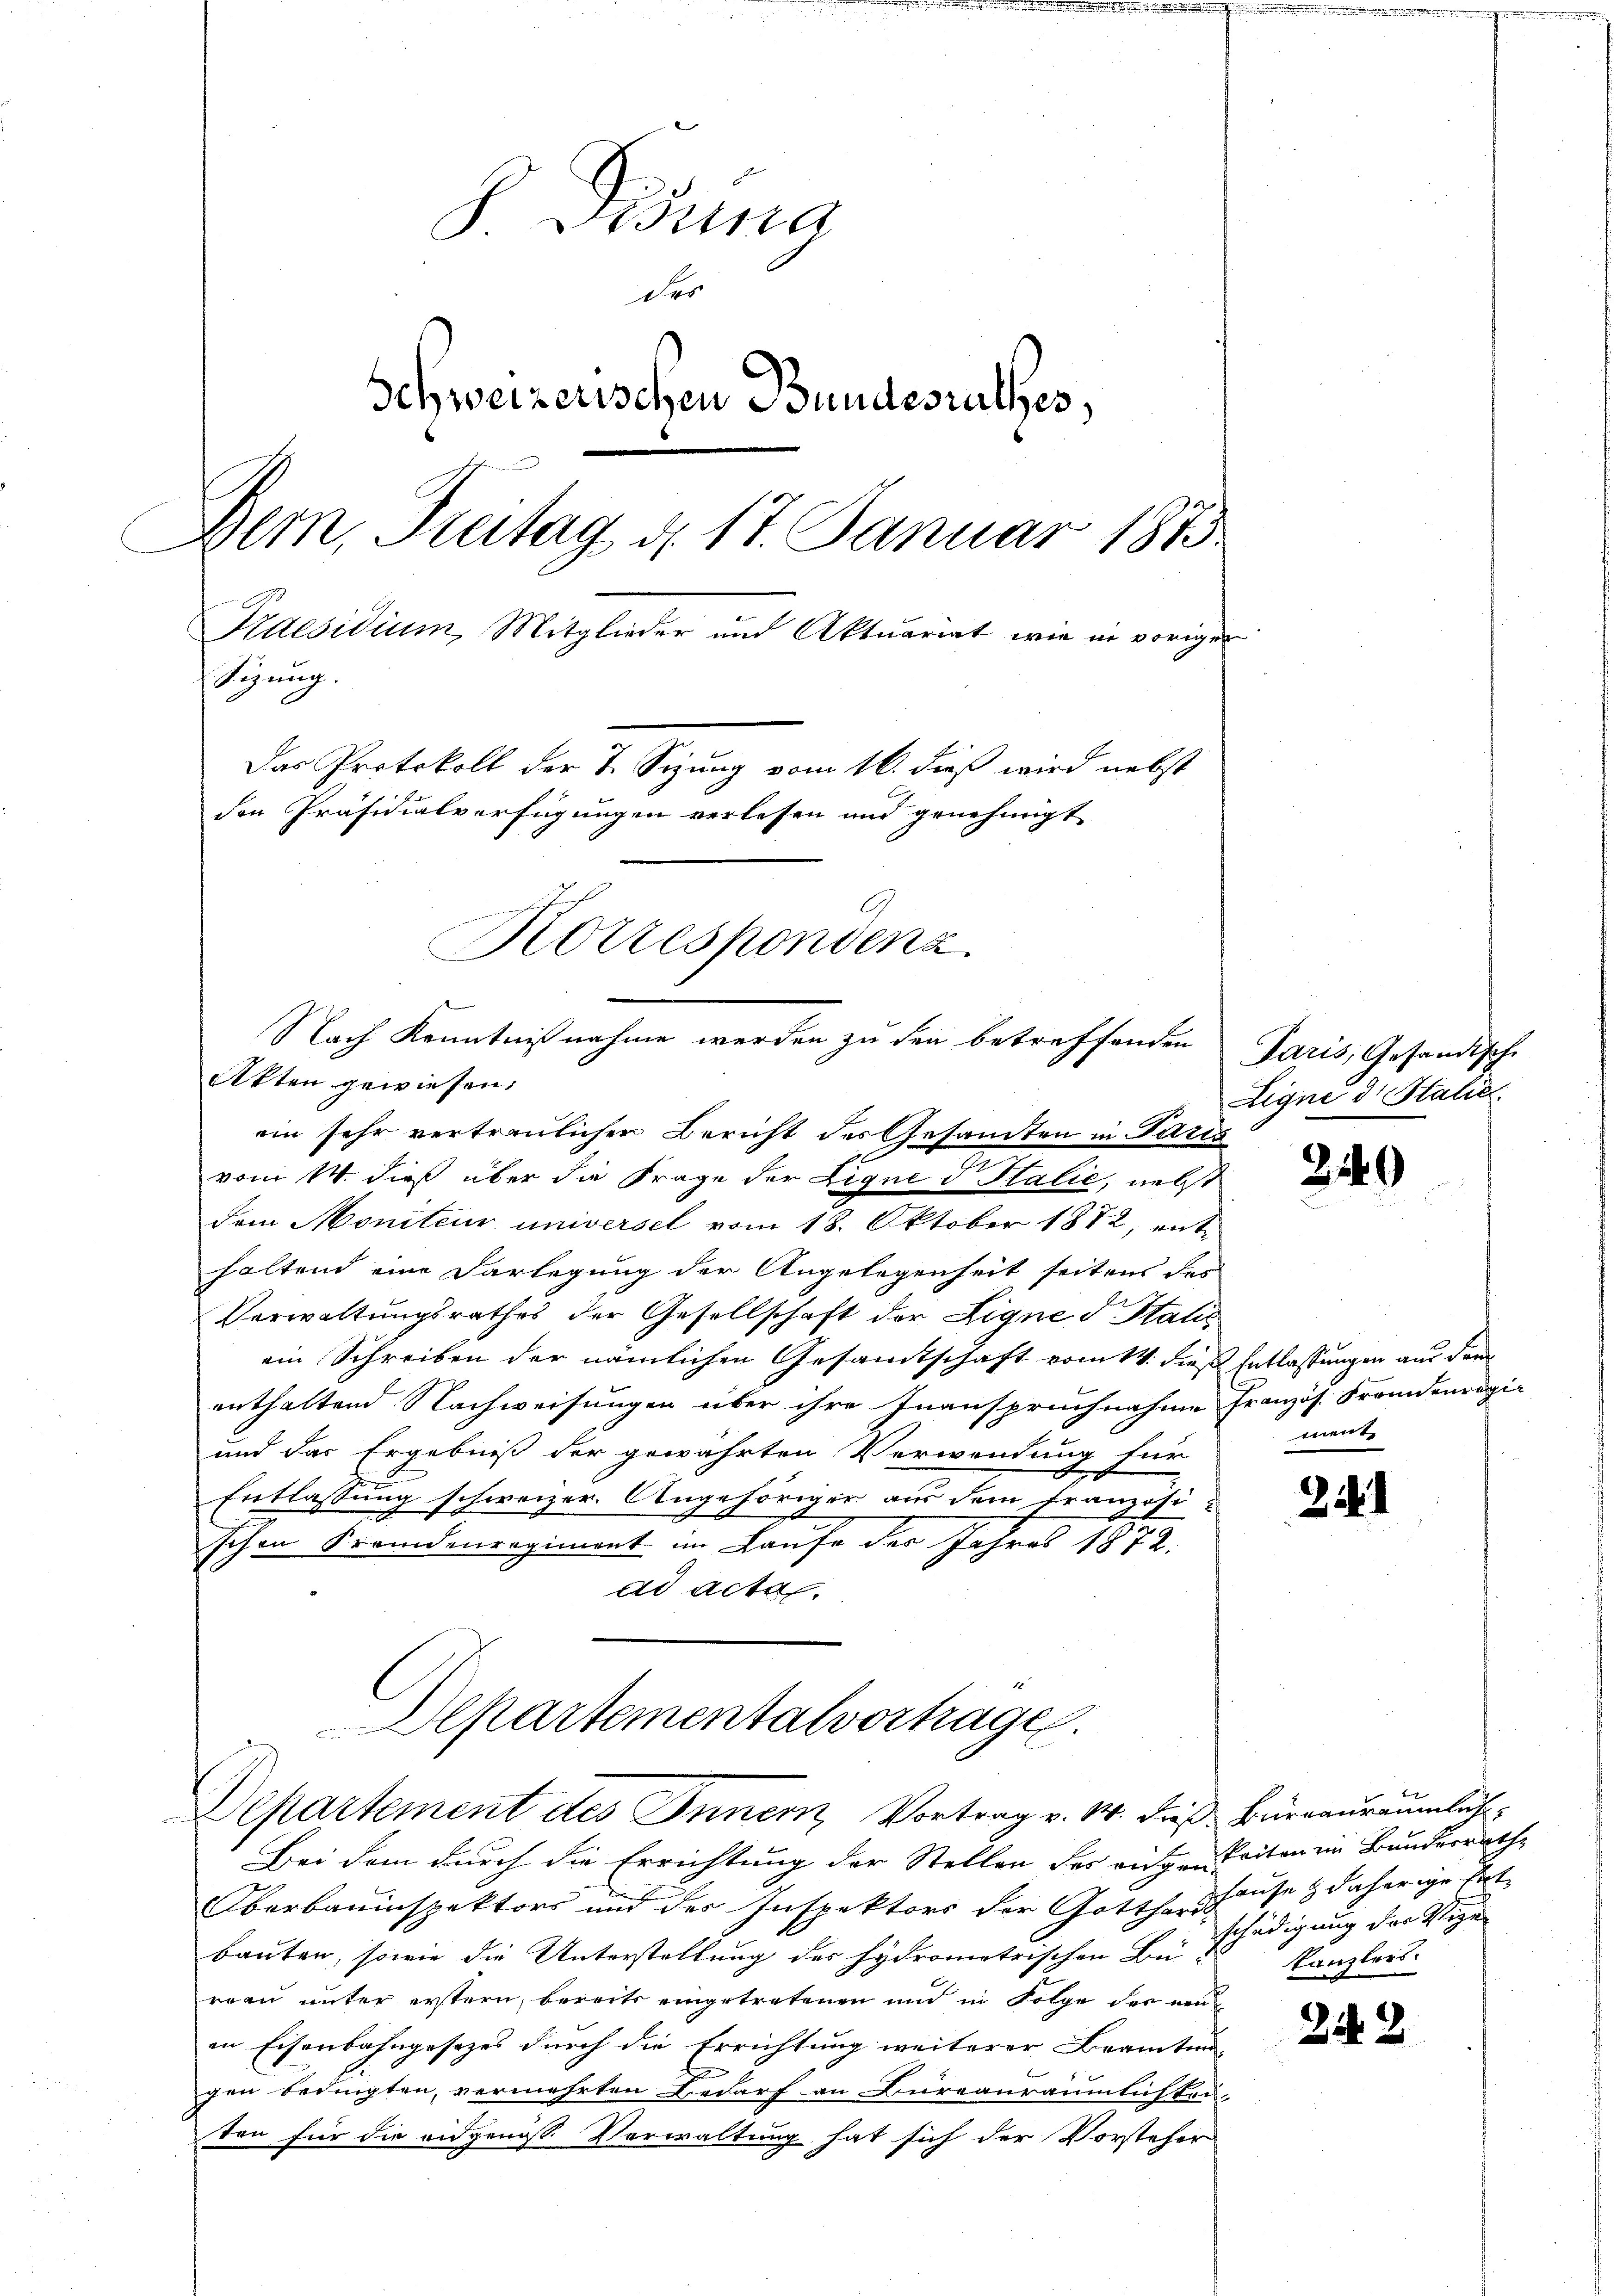
Bund
Des
Schweizerischen Bundesrathes,
Bern, Freitag d. 17. Januar 1873
Kaesidium, Mitglieder und Aktuariat wie in vorigen
Sitzung.
Das Protokoll der 7. Sizung vom 16. dieß wird nebst
den Präsidialverfügungen verlesen und genehmigt
sc
Korrespondenz.

Akten gewiesen.
vom 14. dieß über die Frage der Lique d Italie, nebst
dem Moniteur universel vom 18. Oktober 1872, enthaltend eine Darlegung der Angelegenheit seitens des
Verwaltungsrathes der Gesellschaft der Eigne d Italis
ein Schreiben der nämlichen Gesamtschaft vom 14. dieß Entlassungen an dem
enthaltend Nachweisungen über ihre Inanspruchnahme
und das Ergebniß der gewährten Verwendung für
Entlassung schweizer. Angehöriger aus dem Französi
2
2
schon Fremdenregiment im Laufe der Jahres 1872.
ad acta.
Departementalvertragen.
Departement des Innenz Vortrag v. M. dieß Büreauräumlich
Bei dem durch die Errichtung der Stellen des eingenheiten im Bundesrathe
Oberbauinspektors und des Inspektors der Gotthor Thause & daherige Ent-
bauten, sowie die Unterstellung des hydrometrischen Bürrau unter erstern, bereits eingetretenen und in Folge der neu
in Eisenbahngesezes durch die Errichtung weiterer Beamten-
2
gen bedingten, vermehrten Bedarf an Bureauräumlichter
ten für die eidgenöss Verwaltung hat sich der Vorstehers

Nach Kenntnißnahme werden zu den betreffenden

ein sehr vertraulichen Bericht des Gesamten in Paris

Paris, Gesandische
Eigne d. Stalie

2.

Französ. Freunenregi
ment

2.

25

0

1

schädigung der Steige
Kanzlers.

2